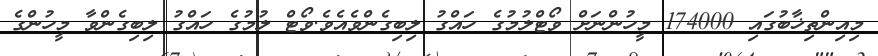
މިއިންތިޚާބުގައި 174000 މީހުންނަށް ވޯޓްލުމުގެ ހައްގު ލިބިގެންވެއެވެ.ވޯޓް ލުމުގެ ހައްގު ލިބިގެންވާ މީހުންގެ